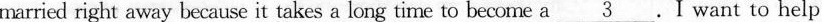
married right away because it takes a long time to become a \underline{3} .I want to help